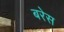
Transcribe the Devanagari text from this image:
बरेस